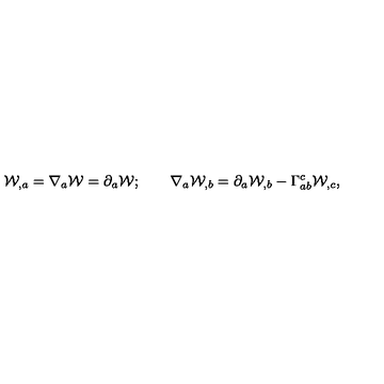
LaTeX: { \cal W } _ { , a } = \nabla _ { a } { \cal W } = \partial _ { a } { \cal W } ; \qquad \nabla _ { a } { \cal W } _ { , b } = \partial _ { a } { \cal W } _ { , b } - \Gamma _ { a b } ^ { c } { \cal W } _ { , c } ,